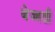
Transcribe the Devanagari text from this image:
बेज्जती